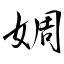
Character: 婤